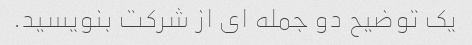
یک توضیح دو جمله ای از شرکت بنویسید.